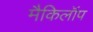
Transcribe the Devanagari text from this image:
मैकिलॉप